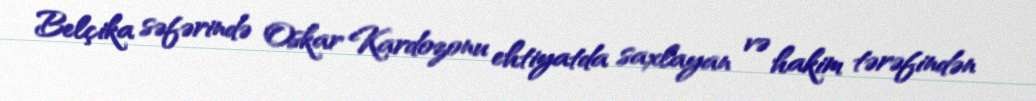
Belçika səfərində Oskar Kardozonu ehtiyatda saxlayan və hakim tərəfindən